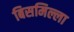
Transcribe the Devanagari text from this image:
बिसमिल्ला